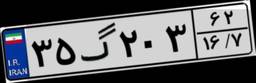
۳۵گ۲۰۳۶۲